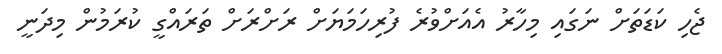
ޖެހި ކަޑަތަށް ނަގައި މިހާރު އެއަށްވުރެ ފުރިހަމަޔަށް ރަށްރަށް ތަރައްގީ ކުރަމުން މިދަނީ